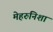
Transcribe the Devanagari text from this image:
मेहरुनिशा